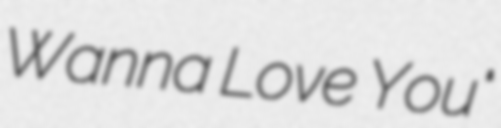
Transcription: Wanna Love You"